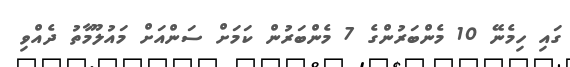
ގައި ހިމެނޭ 10 މެންބަރުންގެ 7 މެންބަރުން ކަމަށް ސަންއަށް މައުލޫމާތު ދެއްވި